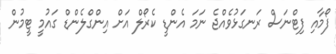
ފޯމާއި ފިޓްނަސް ރަނގަޅުވެއްޖެ ނަމަ އެންޑީ ކެރޯލް އަށް އިންގްލެންޑް ގައުމީ ޓީމުން